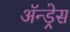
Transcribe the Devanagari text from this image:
ॲन्ड्रेस